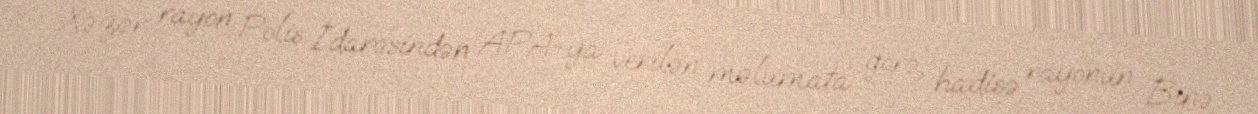
Xəzər rayon Polis İdarəsindən APA-ya verilən məlumata görə, hadisə rayonun Binə